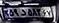
۵۹د۵۸۳۶۷